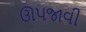
ઊપજાવી